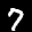
Label: 7